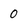
Character: 0